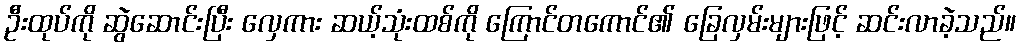
ဦးထုပ်ကို ဆွဲဆောင်းပြီး လှေကား ဆယ့်သုံးထစ်ကို ကြောင်တကောင်၏ ခြေလှမ်းများဖြင့် ဆင်းလာခဲ့သည်။